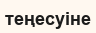
теңесуіне